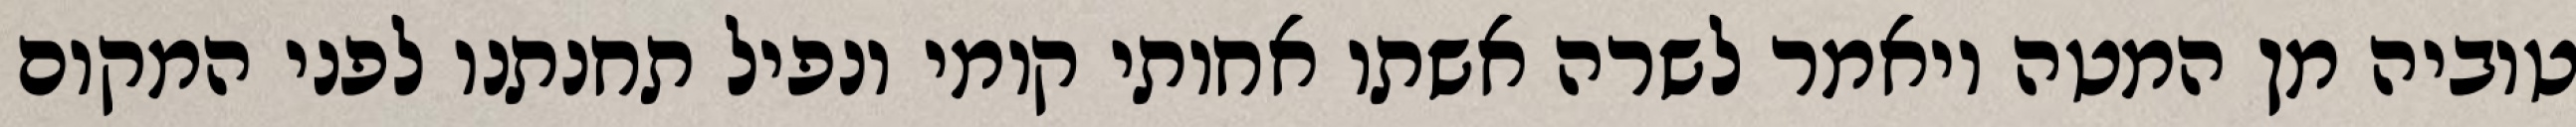
טוביה מן המטה ויאמר לשרה אשתו אחותי קומי ונפיל תחנתנו לפני המקום